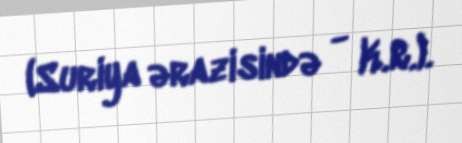
(Suriya ərazisində - K.R.).